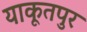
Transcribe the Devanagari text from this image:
याकूतपुर